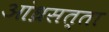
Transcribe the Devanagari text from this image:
आंध्रसत्ता